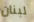
لبنان